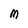
Character: M